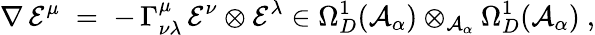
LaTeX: \nabla\, \mathcal{E}^{\mu}\; =\; -\, \Gamma_{\nu\lambda}^{\mu}\, \mathcal{E}^{\nu}\otimes\mathcal{E}^{\lambda}\in\Omega_{D}^{1}({\mathcal{A}}_{\alpha})\otimes_{{\mathcal{A}}_{\alpha}}\Omega_{D}^{1}({\mathcal{A}}_{\alpha})\ ,